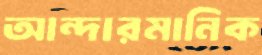
আন্দারমানিক